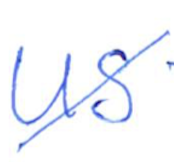
Text: US
Cross-out: diagonal
Writing tool: ballpoint